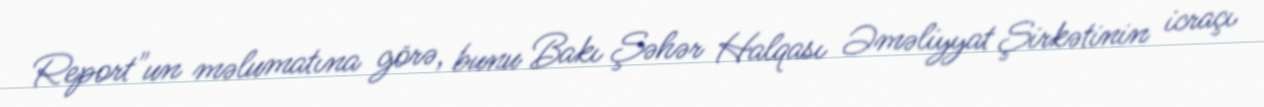
Report"un məlumatına görə, bunu Bakı Şəhər Halqası Əməliyyat Şirkətinin icraçı